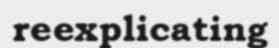
reexplicating